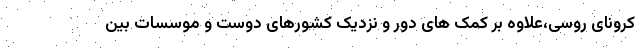
کرونای روسی،علاوه بر کمک های دور و نزدیک کشورهای دوست و موسسات بین